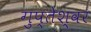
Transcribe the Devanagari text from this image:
गुप्तेश्‍वर